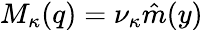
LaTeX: M_{\kappa}(q)=\nu_{\kappa}\hat{m}(y)